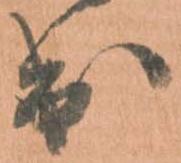
出